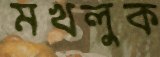
মখলুক